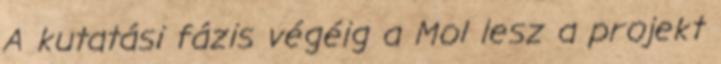
A kutatási fázis végéig a Mol lesz a projekt